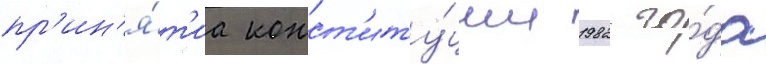
пр'ин'я́т'иа конст'иту́ции 1982 го́да